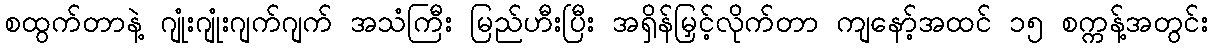
စထွက်တာနဲ့ ဂျုံးဂျုံးဂျက်ဂျက် အသံကြီး မြည်ဟီးပြီး အရှိန်မြှင့်လိုက်တာ ကျနော့်အထင် ၁၅ စက္ကန့်အတွင်း